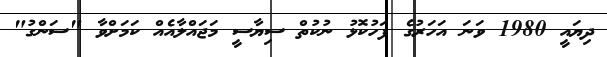
ދިޔައީ 1980 ވަނަ އަހަރުގެ ފަހުކޮޅު ނުކުތް ސިޔާސީ މަޖައްލާއެއް ކަމަށްވާ "ސަންގު"